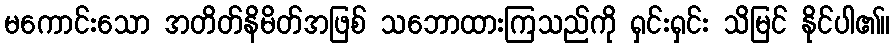
မကောင်းသော အတိတ်နိမိတ်အဖြစ် သဘောထားကြသည်ကို ရှင်းရှင်း သိမြင် နိုင်ပါ၏။